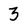
Character: 3